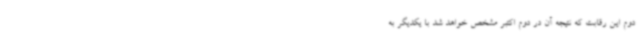
دوم این رقابت که نتیجه آن در دوم اکتبر مشخص خواهد شد با یکدیگر به